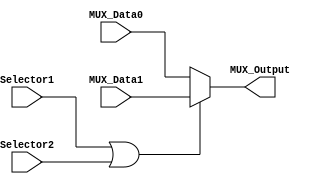
/******************************************************************
* Modified Multiplexor with 2 selectors
******************************************************************/

module Multiplexer2to1_Modified
#(
	parameter NBits=32
)
(
	input Selector1,
	input Selector2,
	input [NBits-1:0] MUX_Data0,
	input [NBits-1:0] MUX_Data1,
	
	output reg [NBits-1:0] MUX_Output

);

	always@(Selector1, Selector2 ,MUX_Data1, MUX_Data0) begin
		if(Selector1 | Selector2)
			MUX_Output = MUX_Data1;
		else
			MUX_Output = MUX_Data0;
	end

endmodule